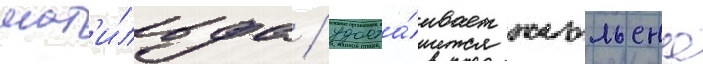
мат'и́льда / удоста́ивает жюльена